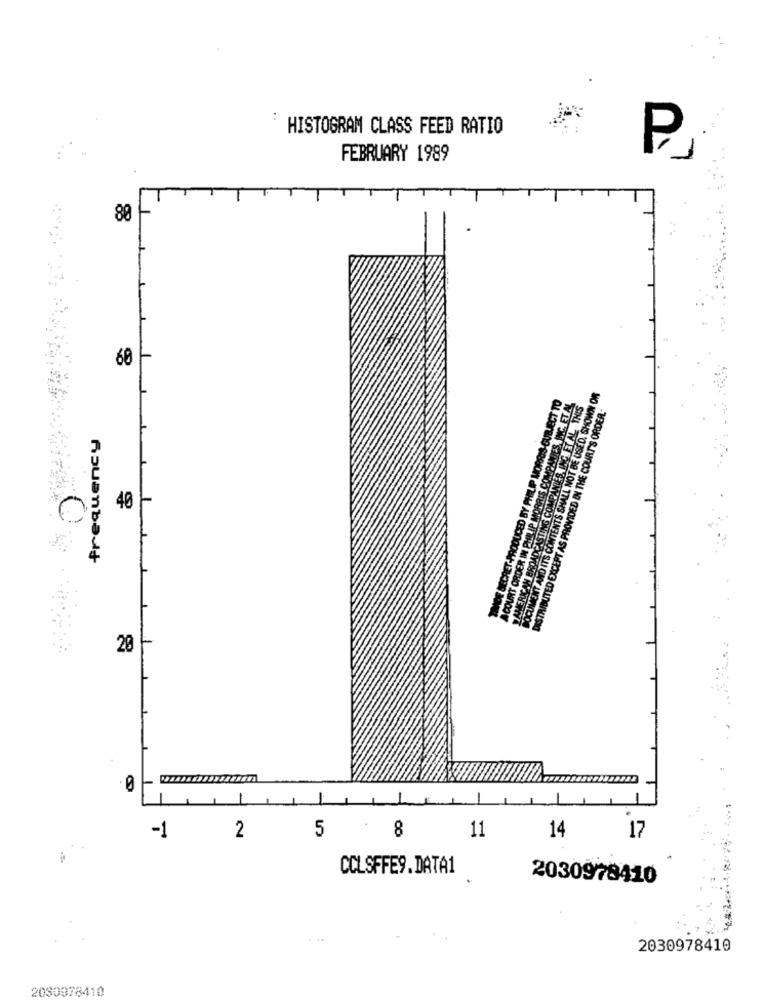
:
HISTOGRAM CLASS FEED RATIO
FEBRUARY 1989
80
60
OCUMENT AND ITS CONTENTS SHALL NOT BE USED. SHOWN OR
TRADE SECRET-PRODUCED BY PHILIP MORRIS-SUBJECT TO
AMERICAN BROADCASTING COMPANIES, INC. ET AL. THIS
DISTRIBUTED EXCEPT AS PROVIDED IN THE COURT'S ORDER-
frequency
0
40
20
-
-1
5
8
2
11
14
17
CCLSFFE9.DATA1
2030978410
.-
2030978410
2030978410